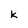
Character: k